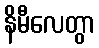
နိမီလေတွာ